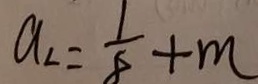
a _ { 2 } = \frac { 1 } { 8 } + m